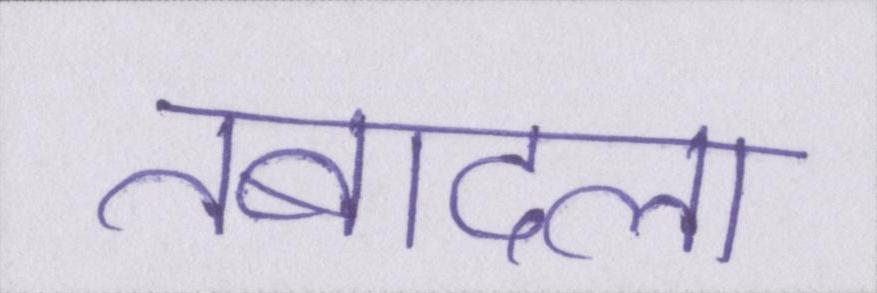
तबादला